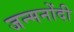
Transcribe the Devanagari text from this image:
जन्मनोंदी